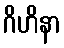
ဂိဟိနာ